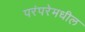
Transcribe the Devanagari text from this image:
परंपरेमधील